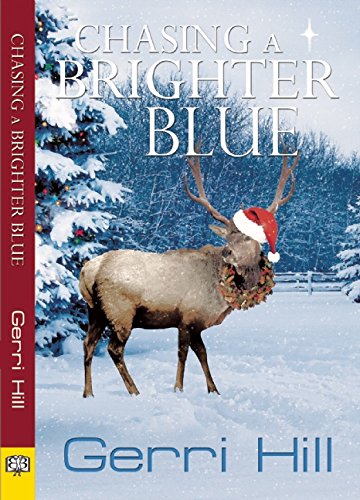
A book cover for Chasing a Brighter Blue; Gerri Hill; Romance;